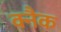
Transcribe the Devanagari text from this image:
क्नैक